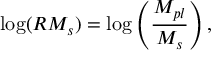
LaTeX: \mathrm { l o g } ( R M _ { s } ) = \mathrm { l o g } \left( \frac { M _ { p l } } { M _ { s } } \right) ,